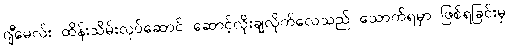
ဂျီမေလ်း ထိန်းသိမ်းလုပ်ဆောင် ဆောင့်လိုးချလိုက်လေသည် သောက်ရမှာ ဖြစ်ရခြင်းမှ